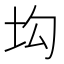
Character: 㘬